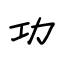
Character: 功